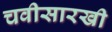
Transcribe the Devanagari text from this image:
चवीसारखी